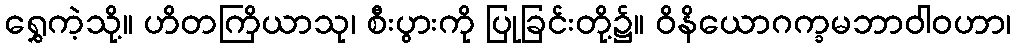
ရွှေကဲ့သို့။ ဟိတကြိယာသု၊ စီးပွားကို ပြုခြင်းတို့၌။ ဝိနိယောဂက္ခမဘာဝါဝဟာ၊